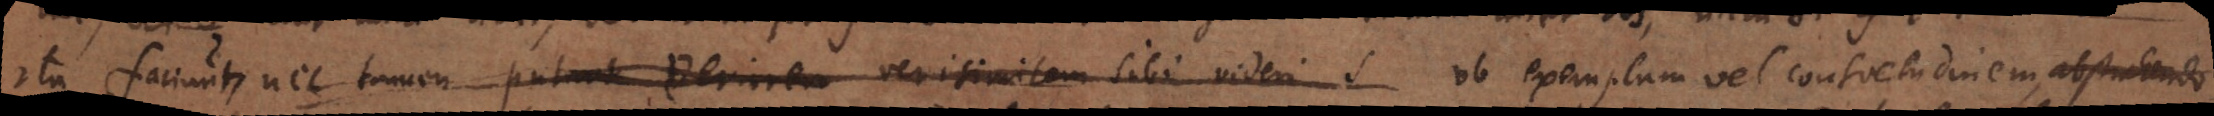
ita faciunt, nec tamen putant veriorem verisimilem sibi videri S ob exemplum vel consuetudinem, abstrahendo